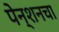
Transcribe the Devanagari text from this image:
पेन्शनचा